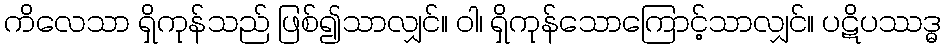
ကိလေသာ ရှိကုန်သည် ဖြစ်၍သာလျှင်။ ဝါ၊ ရှိကုန်သောကြောင့်သာလျှင်။ ပဋိပဿဒ္ဓ